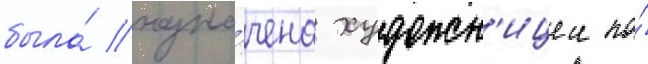
была́ назна́чена художн'ицеи по́